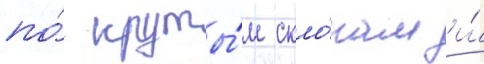
по́ круты́м скло́нам и́